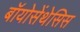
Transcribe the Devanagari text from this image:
बॉयोसेंथेसिस